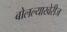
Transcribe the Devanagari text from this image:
बोलल्याखेरीज